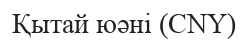
Қытай юәні (СNY)